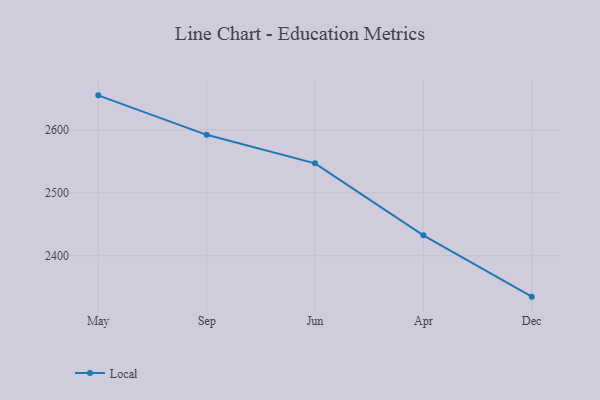
{"axis": {"x": "Month", "y": "Demand Index"}, "legend": ["Local"], "data": [{"x": "May", "y": 2654.7, "type": "Local"}, {"x": "Sep", "y": 2592.0, "type": "Local"}, {"x": "Jun", "y": 2546.7, "type": "Local"}, {"x": "Apr", "y": 2432.5, "type": "Local"}, {"x": "Dec", "y": 2335.1, "type": "Local"}]}